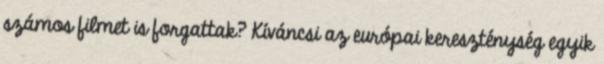
számos filmet is forgattak? Kíváncsi az európai kereszténység egyik